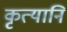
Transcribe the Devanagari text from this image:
कृत्यानि